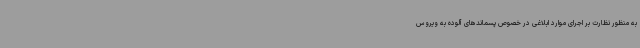
به منظور نظارت بر اجرای موارد ابلاغی در خصوص پسماندهای آلوده به ویروس